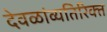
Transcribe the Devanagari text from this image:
देवळांव्यतिरिक्‍त